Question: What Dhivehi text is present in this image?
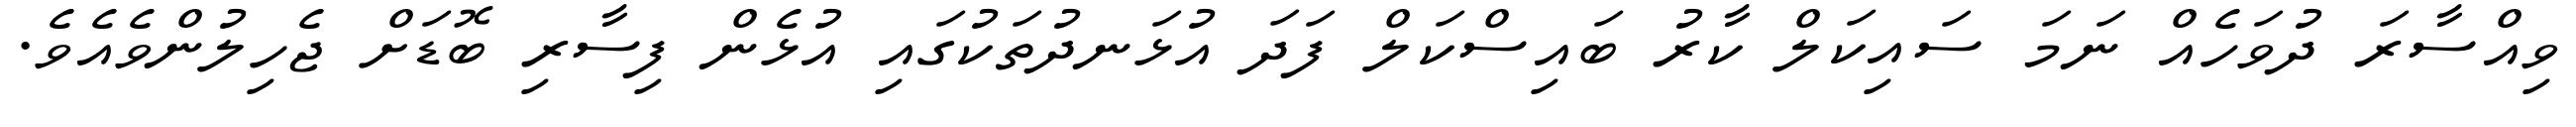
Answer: ވިއްސާރަ ދުވަހެއް ނަމަ ސައިކަލް ކާރު ބައިސްކަލް ފަދަ އުޅަނދުތަކުގައި އުޅެން ފިސާރި ބޮޑަށް ޖެހިލުންވެއެވެ.